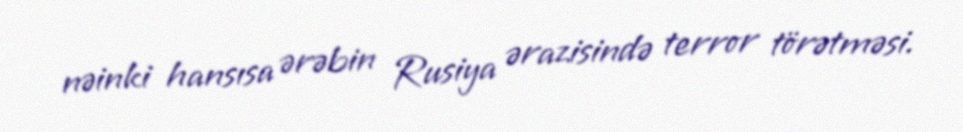
nəinki hansısa ərəbin Rusiya ərazisində terror törətməsi.